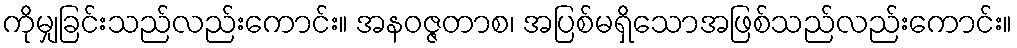
ကိုမျှခြင်းသည်လည်းကောင်း။ အနဝဇ္ဇတာစ၊ အပြစ်မရှိသောအဖြစ်သည်လည်းကောင်း။